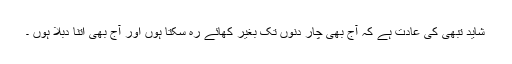
شاید تبھی کی عادت ہے کہ آج بھی چار دنوں تک بغیر کھائے رہ سکتا ہوں اور آج بھی اتنا دبلا ہوں ۔